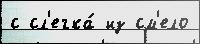
с сл'егка́ из см'ело